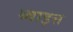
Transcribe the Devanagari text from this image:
थ्वाइत्त